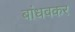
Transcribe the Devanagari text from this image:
बांधवकर